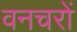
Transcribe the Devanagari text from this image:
वनचरों